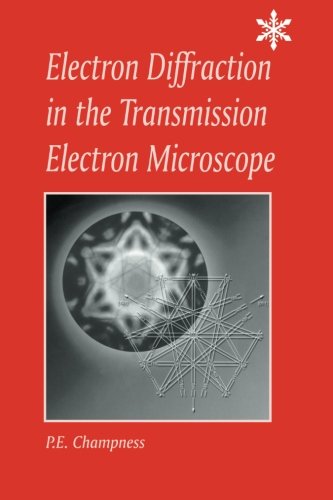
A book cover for Electron Diffraction in the Transmission Electron Microscope (Microscopy Handbooks); P.E. Champness; Science & Math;